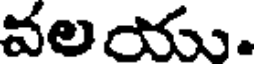
వలయు.